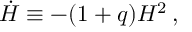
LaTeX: \dot { H } \equiv - ( 1 + q ) H ^ { 2 } \, ,